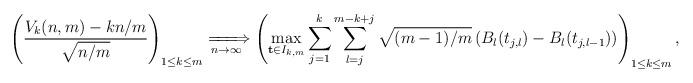
LaTeX: \begin{align*}\left(\frac{V_{k}(n,m)-kn/m}{\sqrt{n/m}}\right)_{1\leq k\leq m}\xRightarrow[n\to \infty]{}\left(\max_{\mathbf{t}\in I_{k,m}}\sum_{j=1}^k\sum_{l=j}^{m-k+j}\sqrt{(m-1)/m}\left(B_l(t_{j,l})-B_l(t_{j,l-1})\right)\right)_{1\leq k\leq m},\end{align*}